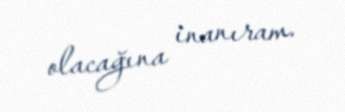
olacağına inanıram.